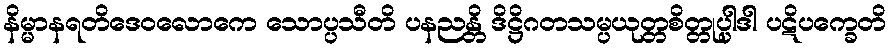
နိမ္မာနရတိဒေဝလောကေ သောပ္ပသီတိ ပနညန္တိ ဒိဋ္ဌိဂတသမ္ပယုတ္တစိတ္တုပ္ပါဒါ ပဋိပက္ခေတိ